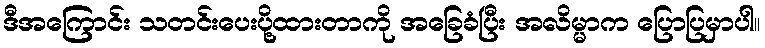
ဒီအကြောင်း သတင်းပေးပို့ထားတာကို အခြေခံပြီး အလိမ္မာက ပြောပြမှာပါ။